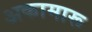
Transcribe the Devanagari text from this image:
अकामारू